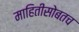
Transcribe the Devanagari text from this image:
माहितीसोबतच